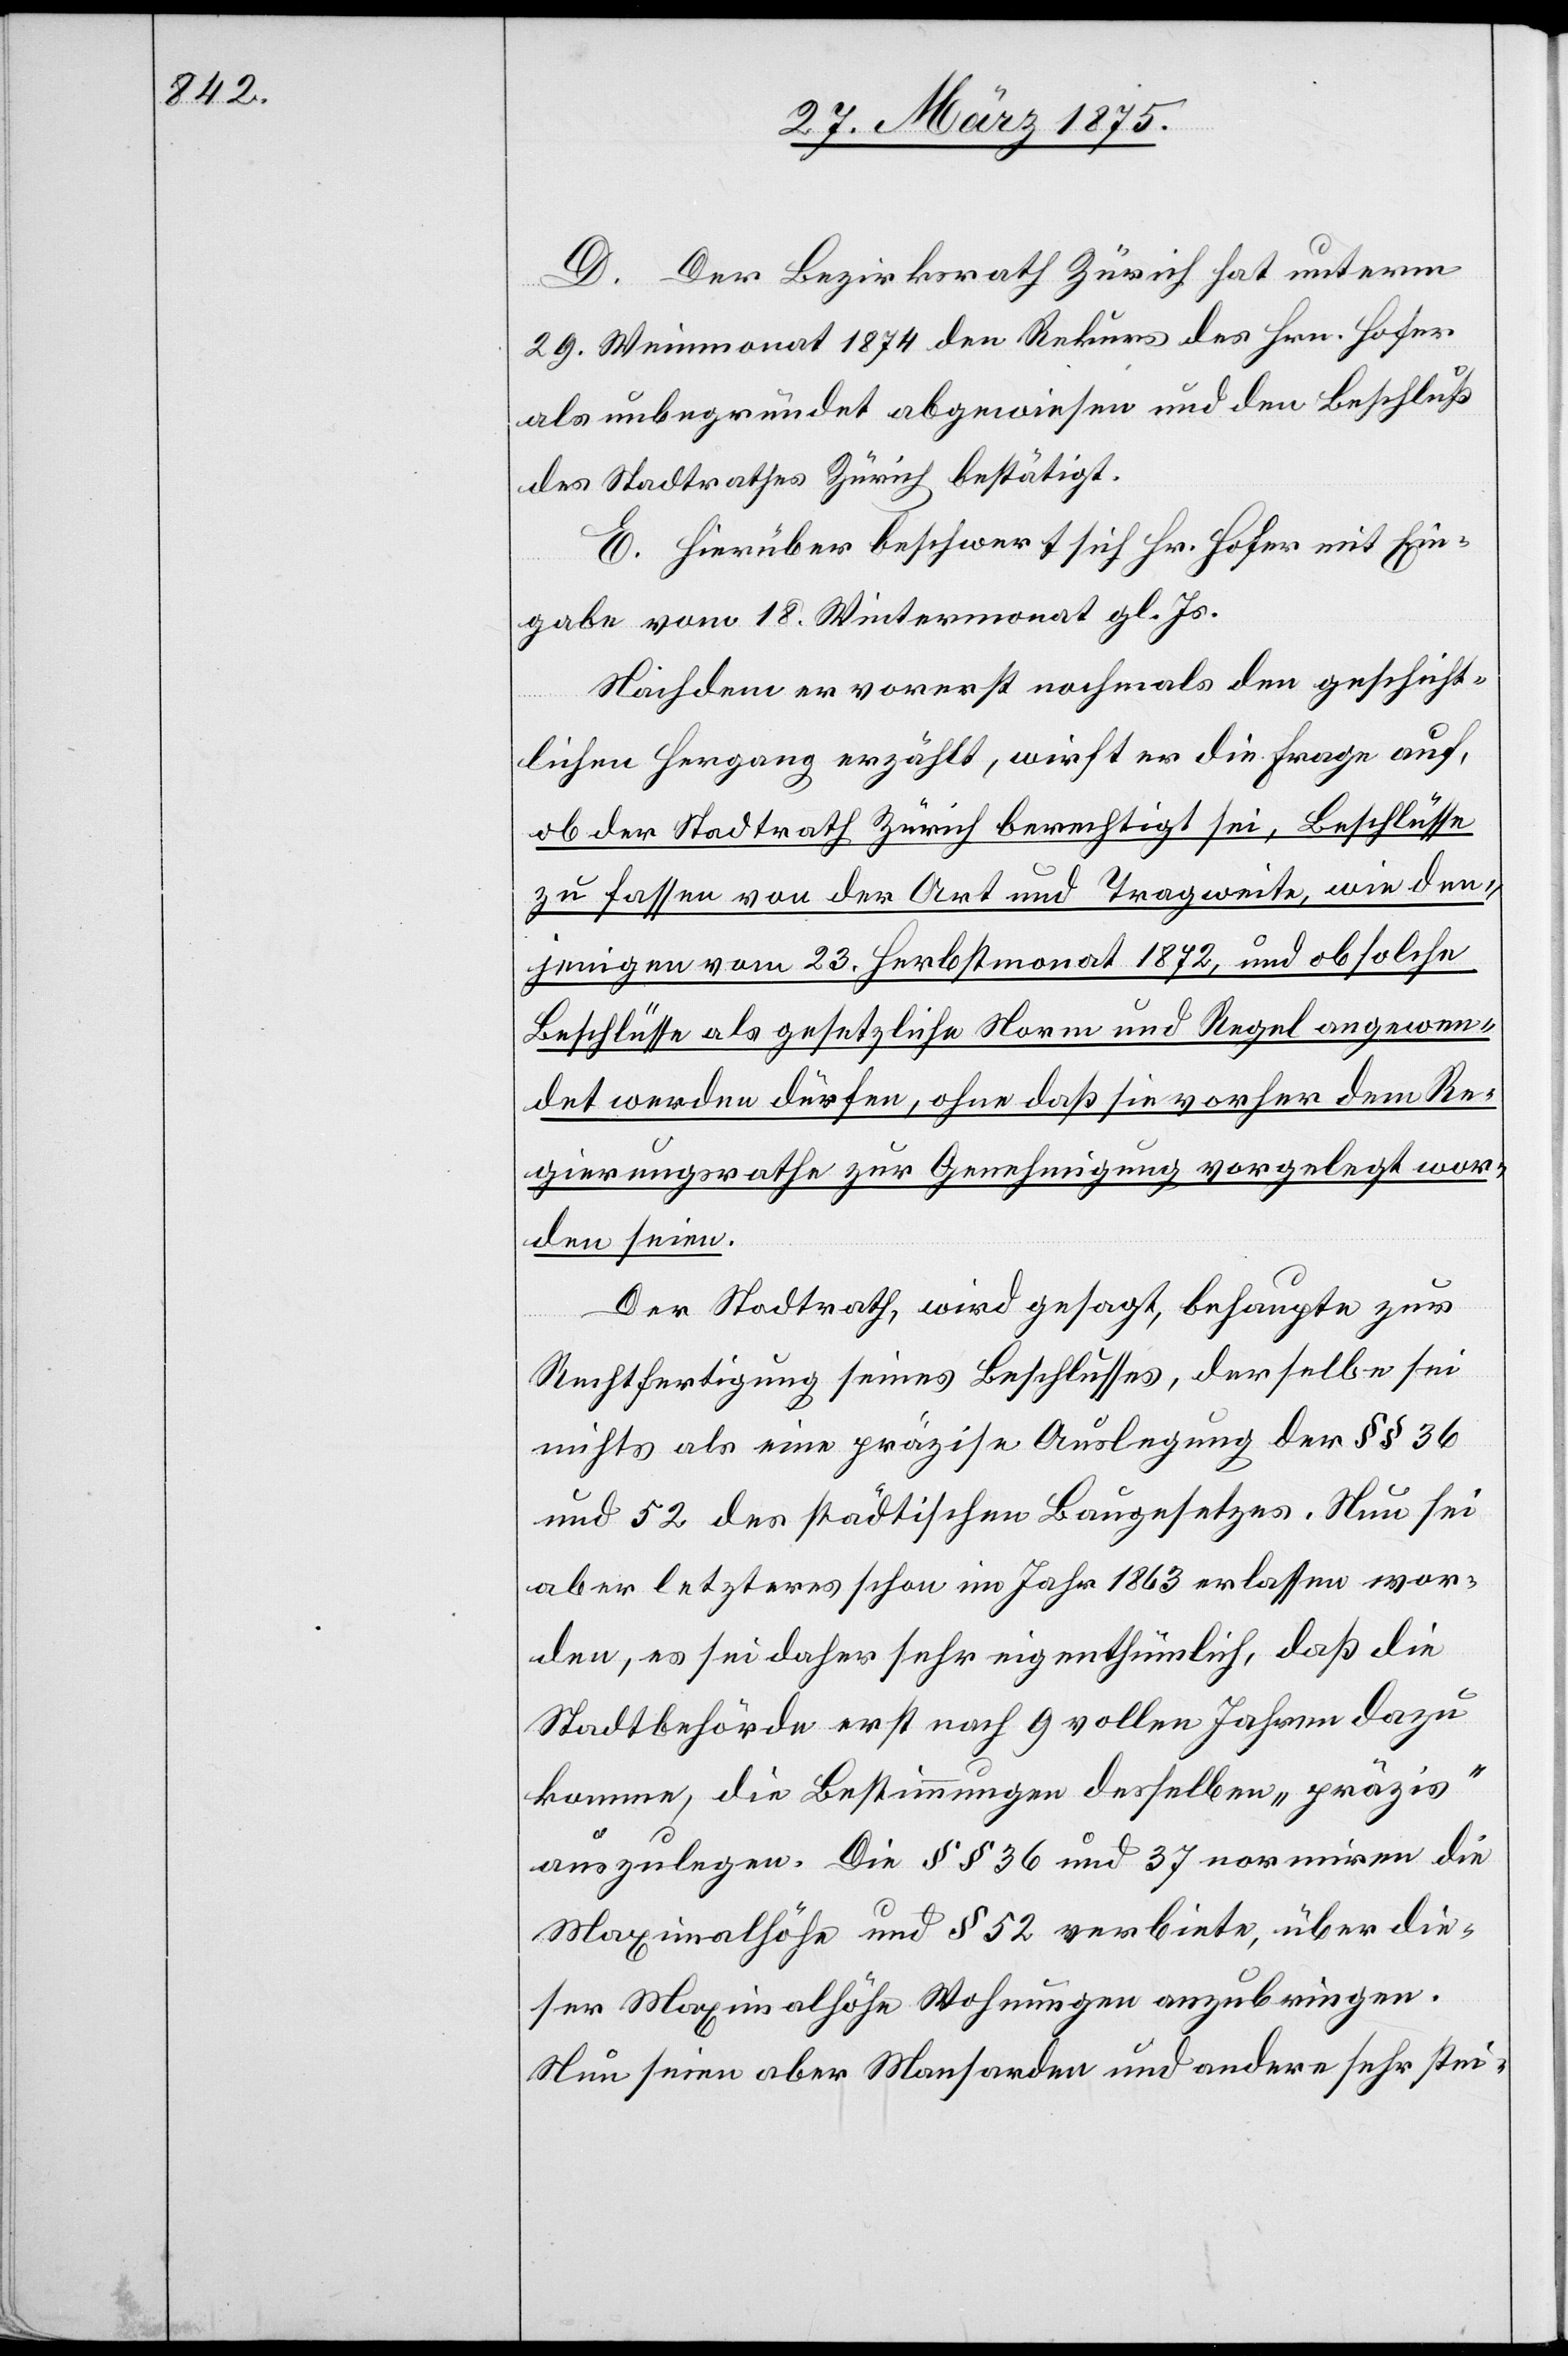
D. Der Bezirksrath Zürich hat unterm
29. Weinmonat 1874 den Rekurs des Hrn. Hofer
als unbegründet abgewiesen und den Beschluß
des Stadtrathes Zürich bestätigt.
E. Hierüber beschwert sich Hr. Hofer mit Ein¬
gabe vom 18. Wintermonat gl. Js.
Nachdem er vorerst nochmals den geschicht¬
lichen Hergang erzählt, wirft er die Frage auf,
ob der Stadtrath Zürich berechtigt sei, Beschlüsse
zu fassen von der Art und Tragweite, wie den¬
jenigen vom 23. Herbstmonat 1872, und obschon
Beschlüsse als gesetzliche Norm und Regel angewen¬
det werden dürfen, ohne daß sie vorher dem Re¬
gierungsrathe zur Genehmigung vorgelegt wor¬
den seien.
Der Stadtrath, wird gesagt, behaupte zur
Rechtfertigung seines Beschlusses, derselbe sei
nichts als eine präzise Auslegung des §§ 36
und 52 der städtischen Baugesetzes. Neu sei
aber letzteres im Jahr 1863 erlassen wor¬
den, es sei daher sehr eigenthümlich, daß die
Stadtbehörde erst nach 9 vollen Jahren dazu
komme, die Bestimmungen desselben „präzis“
auszulegen. Die §§ 36 und 37 normiren die
Maximalhöhe und § 52 verbiete, über die¬
ser Maximalhöhe Wohnungen anzubringen.
Neu seien aber Mansarden und andere sehr stei-